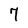
Character: 7